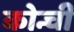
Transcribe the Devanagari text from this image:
कोन्ची